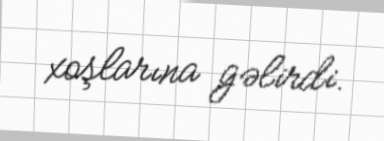
xoşlarına gəlirdi.